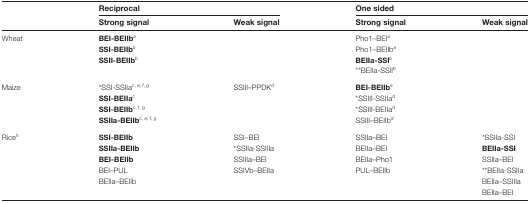
| <ROWSPAN=2>  | <COLSPAN=2> Reciprocal | <COLSPAN=2> One sided |
 | Strong signal | Weak signal | Strong signal | Weak signal |
 | --- | --- | --- | --- | --- |
 | <ROWSPAN=4> Wheat | BEI-BEIIba | <ROWSPAN=4>  | Pho1–BEIa |  |
 | SSI-BEIIbb | Pho1–BEIIba |  |
 | SSII-BEIIbb | BEIIa-SSIb |  |
 |  | **BEIIa-SSIIb |  |
 | <ROWSPAN=4> Maize | *SSI-SSIIac, e, f, g | SSIII–PPDKd | BEI-BEIIbe |  |
 | SSI-BEIIac |  | *SSIII-SSIIad |  |
 | SSI-BEIIbc, f, g |  | *SSIII-BEIIad |  |
 | SSIIa-BEIIbc, e, f, g |  | SSIII–BEIIbd |  |
 | <ROWSPAN=6> Riceh | SSI-BEIIb | SSI–BEI | SSIIa–BEI | *SSIIa-SSI |
 | SSIIa-BEIIb | *SSIIa-SSIIIa | BEIIa–BEI | BEIIa-SSI |
 | BEI-BEIIb | SSIIIa–BEI | BEIIa–Pho1 | SSIIa–BEI |
 | BEI–PUL | SSIVb–BEIIa | PUL–BEIIb | **BEIIa-SSIIa |
 | BEIIa–BEIIb |  |  | BEIIa–SSIIIa |
 |  |  |  | BEIIa–BEI |